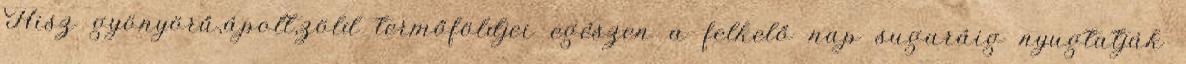
Hisz gyönyörű,ápolt,zöld termőföldjei egészen a felkelő nap sugaráig nyugtatják